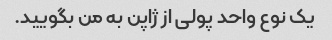
یک نوع واحد پولی از ژاپن به من بگویید.